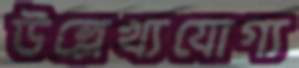
উল্লেখ্যযোগ্য